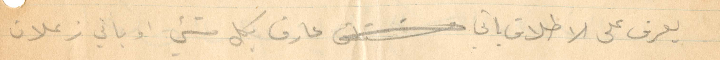
يعرف على الاطلاق لاني عارف بكل شيء أو باني زعلان